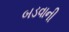
બડવાની